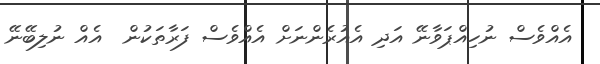
އެއްވެސް ނުހިއްޕަވާނޭ އަދި އެއުރެންނަށް އެއްވެސް ފަރާތަކުން  އެއް ނުލިބޭނޭ